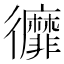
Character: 𢖥